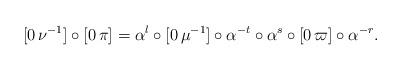
LaTeX: \begin{align*}[0\,\nu^{-1}]\circ[0\,\pi]=\alpha^{l}\circ[0\,\mu^{-1}]\circ\alpha^{-t}\circ\alpha^{s}\circ[0\,\varpi]\circ\alpha^{-r}.\end{align*}